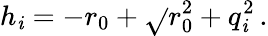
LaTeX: h_{\mathit{i}}=-r_{0}+\sqrt{}{{r_{0}^{2}+q_{\mathit{i}}^{2}}}\, .